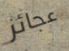
عجائز